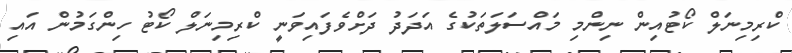
ކްރިމިނަލް ކޯޓުއިން ނިންމި މައްސަލަތަކުގެ އަދަދު ދަށްވެފައިވަނީ ކްރިމިނަލް ކޯޓު ހިންގަމުން އައި